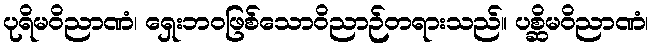
ပုရိမဝိညာဏံ၊ ရှေးဘဝဖြစ်သောဝိညာဉ်တရားသည်။ ပစ္ဆိမဝိညာဏံ၊